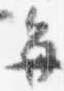
毎